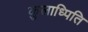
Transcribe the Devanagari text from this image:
कुलाध्पिति